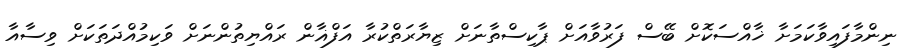
ނިންމާފައިވާކަމަށާ ޚާއްސަކޮށް ބޭސް ފަރުވާއަށް ޕާކިސްތާނަށް ޒިޔާރަތްކުރާ އަފްޣާން ރައްޔިތުންނަށް ވަކިމުއްދަތަކަށް ވިސާއާ